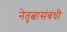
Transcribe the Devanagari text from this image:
नेतृत्वासंबंधी